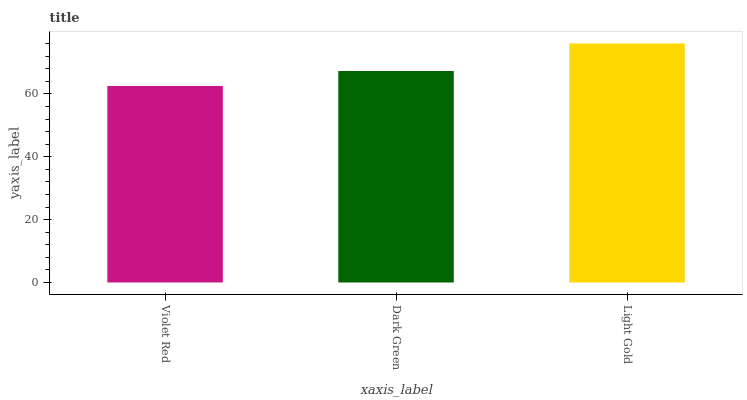
| xaxis_label | bars |
 | --- | --- |
 | Violet Red | 62.6 |
 | Dark Green | 67.3 |
 | Light Gold | 76.1 |